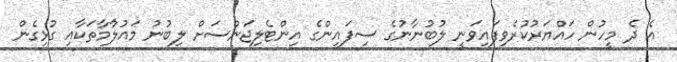
އެ ދެ މީހުން ހައްޔަރުކުރެވިފައިވަނީ ލުބުނާނުގެ ސިފައިންގެ އިންޓެލިޖަންސަށް ލިބުނު މައުލުާމާތަކާއި ގުޅިގެން